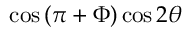
\cos { \left( \pi + \Phi \right) } \cos { 2 \theta }